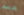
ضعه